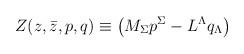
LaTeX: \begin{align*}Z(z,\bar{z},{p},{q}) \equiv \left( M_\Sigma {p}^\Sigma-L^\Lambda {q}_\Lambda\right) \end{align*}